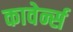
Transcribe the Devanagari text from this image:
कावेर्न्स